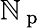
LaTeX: \mathbb{N}_{\mathrm{{~p~}}}